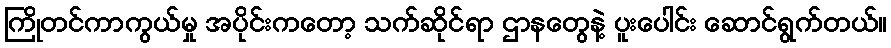
ကြိုတင်ကာကွယ်မှု အပိုင်းကတော့ သက်ဆိုင်ရာ ဌာနတွေနဲ့ ပူးပေါင်း ဆောင်ရွက်တယ်။